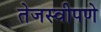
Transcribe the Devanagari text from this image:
तेजस्वीपणे